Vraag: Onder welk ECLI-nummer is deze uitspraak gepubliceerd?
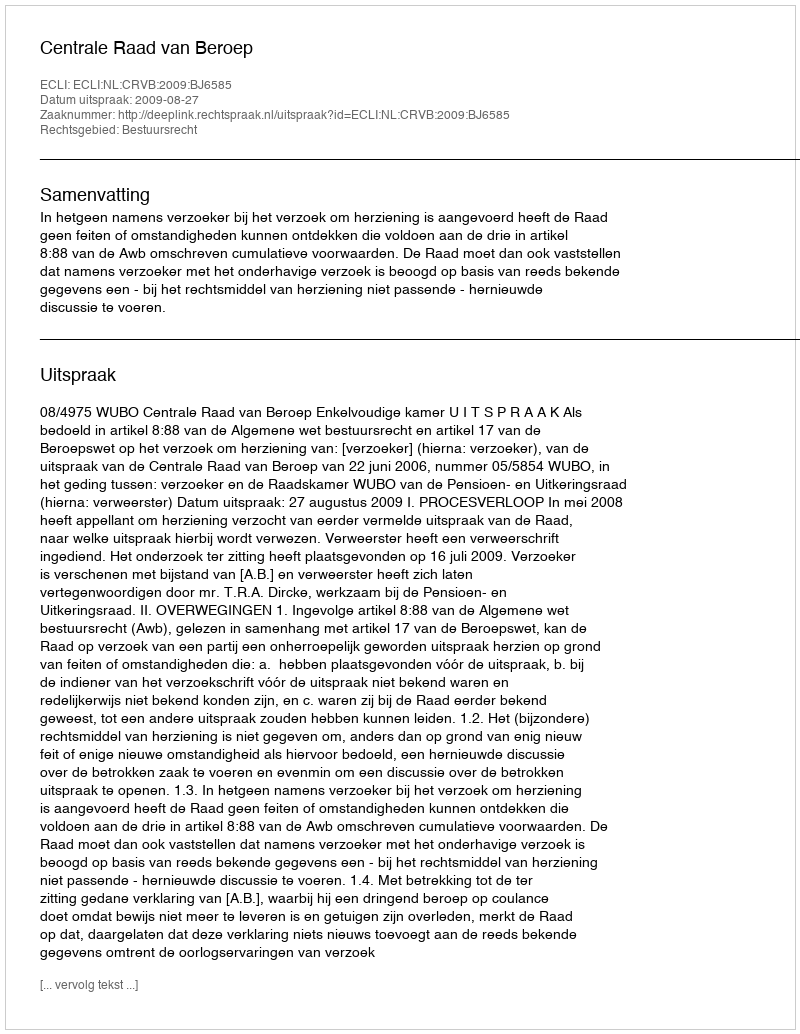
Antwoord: ECLI:NL:CRVB:2009:BJ6585